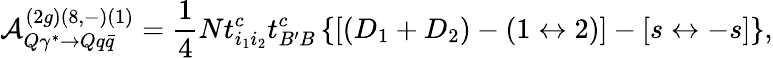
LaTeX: {\cal A}_{Q\gamma^{*}\rightarrow Qq\bar{q}}^{(2g)(8,-)(1)}=\frac{1}{4}Nt_{i_{1}i_{2}}^{c}t_{B^{\prime}B}^{c}\left\{ \left[\left(D_{1}+D_{2}\right)-\left(1\leftrightarrow 2\right)\right]-\left[s\leftrightarrow-s\right]\right\} ,